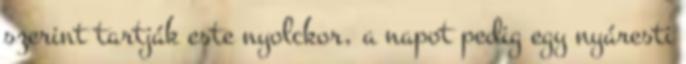
szerint tartják este nyolckor, a napot pedig egy nyáresti